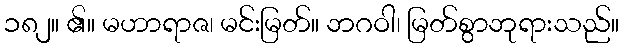
၁၈၂။ ၏။ မဟာရာဇ၊ မင်းမြတ်။ ဘဂဝါ၊ မြတ်စွာဘုရားသည်။